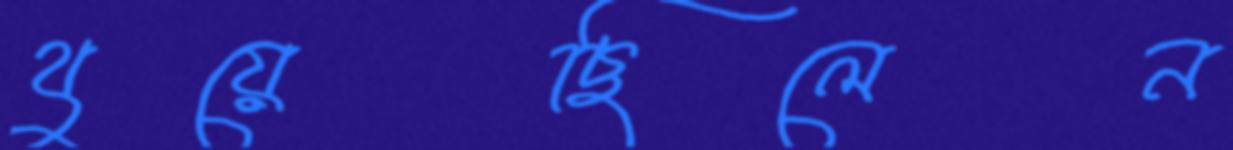
থুয়েছিলেন